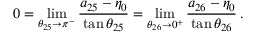
0 = \operatorname* { l i m } _ { \theta _ { 2 5 } \to \pi ^ { - } } \frac { a _ { 2 5 } - \eta _ { 0 } } { \tan { \theta _ { 2 5 } } } = \operatorname* { l i m } _ { \theta _ { 2 6 } \to 0 ^ { + } } \frac { a _ { 2 6 } - \eta _ { 0 } } { \tan { \theta _ { 2 6 } } } \, .